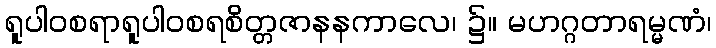
ရူပါဝစရာရူပါဝစရစိတ္တဇာနနကာလေ၊ ၌။ မဟဂ္ဂတာရမ္မဏံ၊